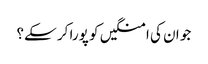
جو ان کی امنگیں کو پورا کر سکے؟